Scottish Leaving Certificate Examination, 1956
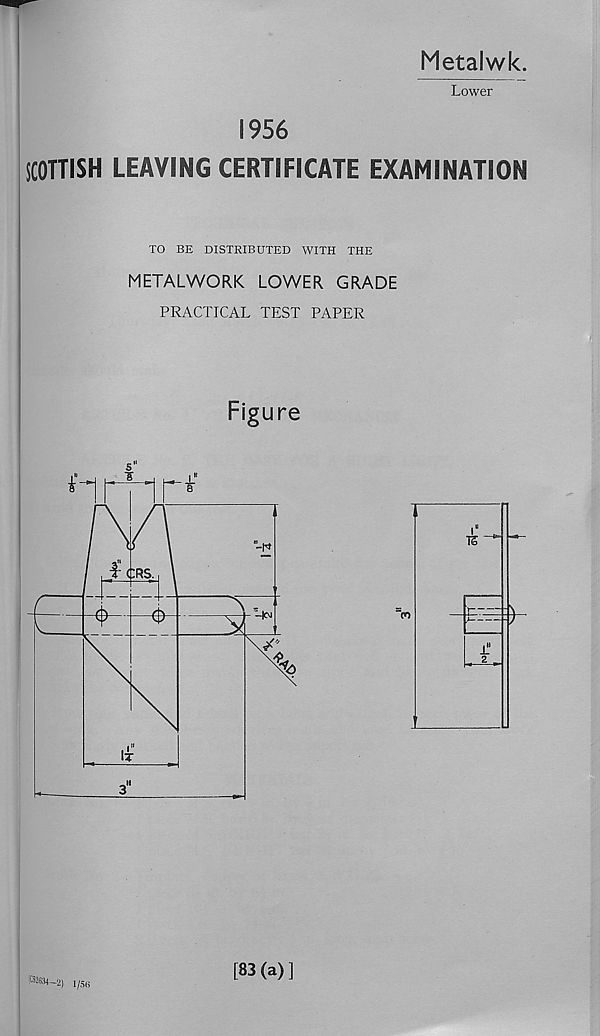
Metalwk.
Lower
1956
SCOTTISH LEAVING CERTIFICATE EXAMINATION
TO BE DISTRIBUTED WITH THE
METALWORK LOWER GRADE
PRACTICAL TEST PAPER
Figure
(®«34-2) i/5 8
[83(a)]